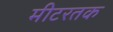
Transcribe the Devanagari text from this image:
मीटरतक